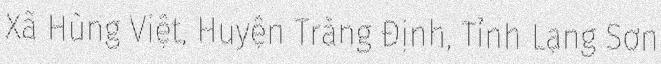
Xã Hùng Việt, Huyện Tràng Định, Tỉnh Lạng Sơn